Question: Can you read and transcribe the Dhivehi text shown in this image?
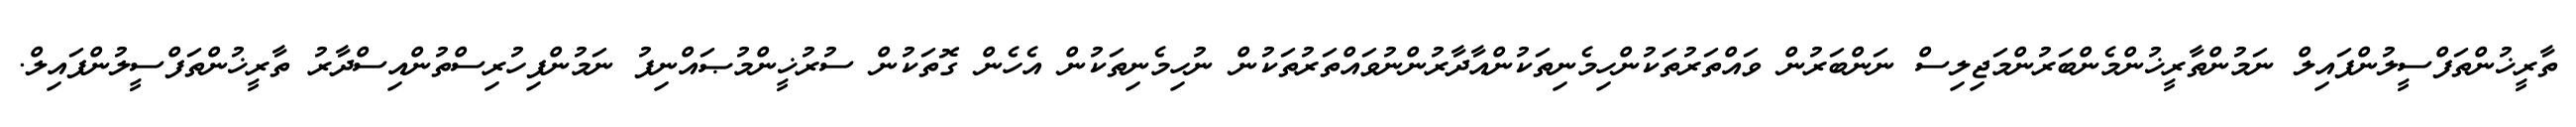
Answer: ތާރީޚުންތަފްސީލުންފައިލް ނަމުންތާރީޚުންމެންބަރުންމަޖިލިސް ނަންބަރުން ވައްތަރުތަކުންހިމެނިތަކުންއާދާރުންނުވައްތަރުތަކުން ނުހިމެނިތަކުން އެހެން ގޮތަކުން ސުރުޚީންމުޞައްނިފު ނަމުންފިހުރިސްތުންއިސްދާރު ތާރީޚުންތަފްސީލުންފައިލް.